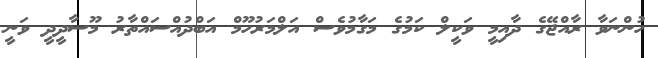
ހުންނަވާ ރާއްޖޭގެ ދާއިމީ ވަކީލް ކަމުގެ މަގާމުވެސް އަލްމަރުހޫމް އަބްދުއްސައްތާރު މޫސާދީދީ ވަނީ